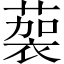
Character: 𱾚